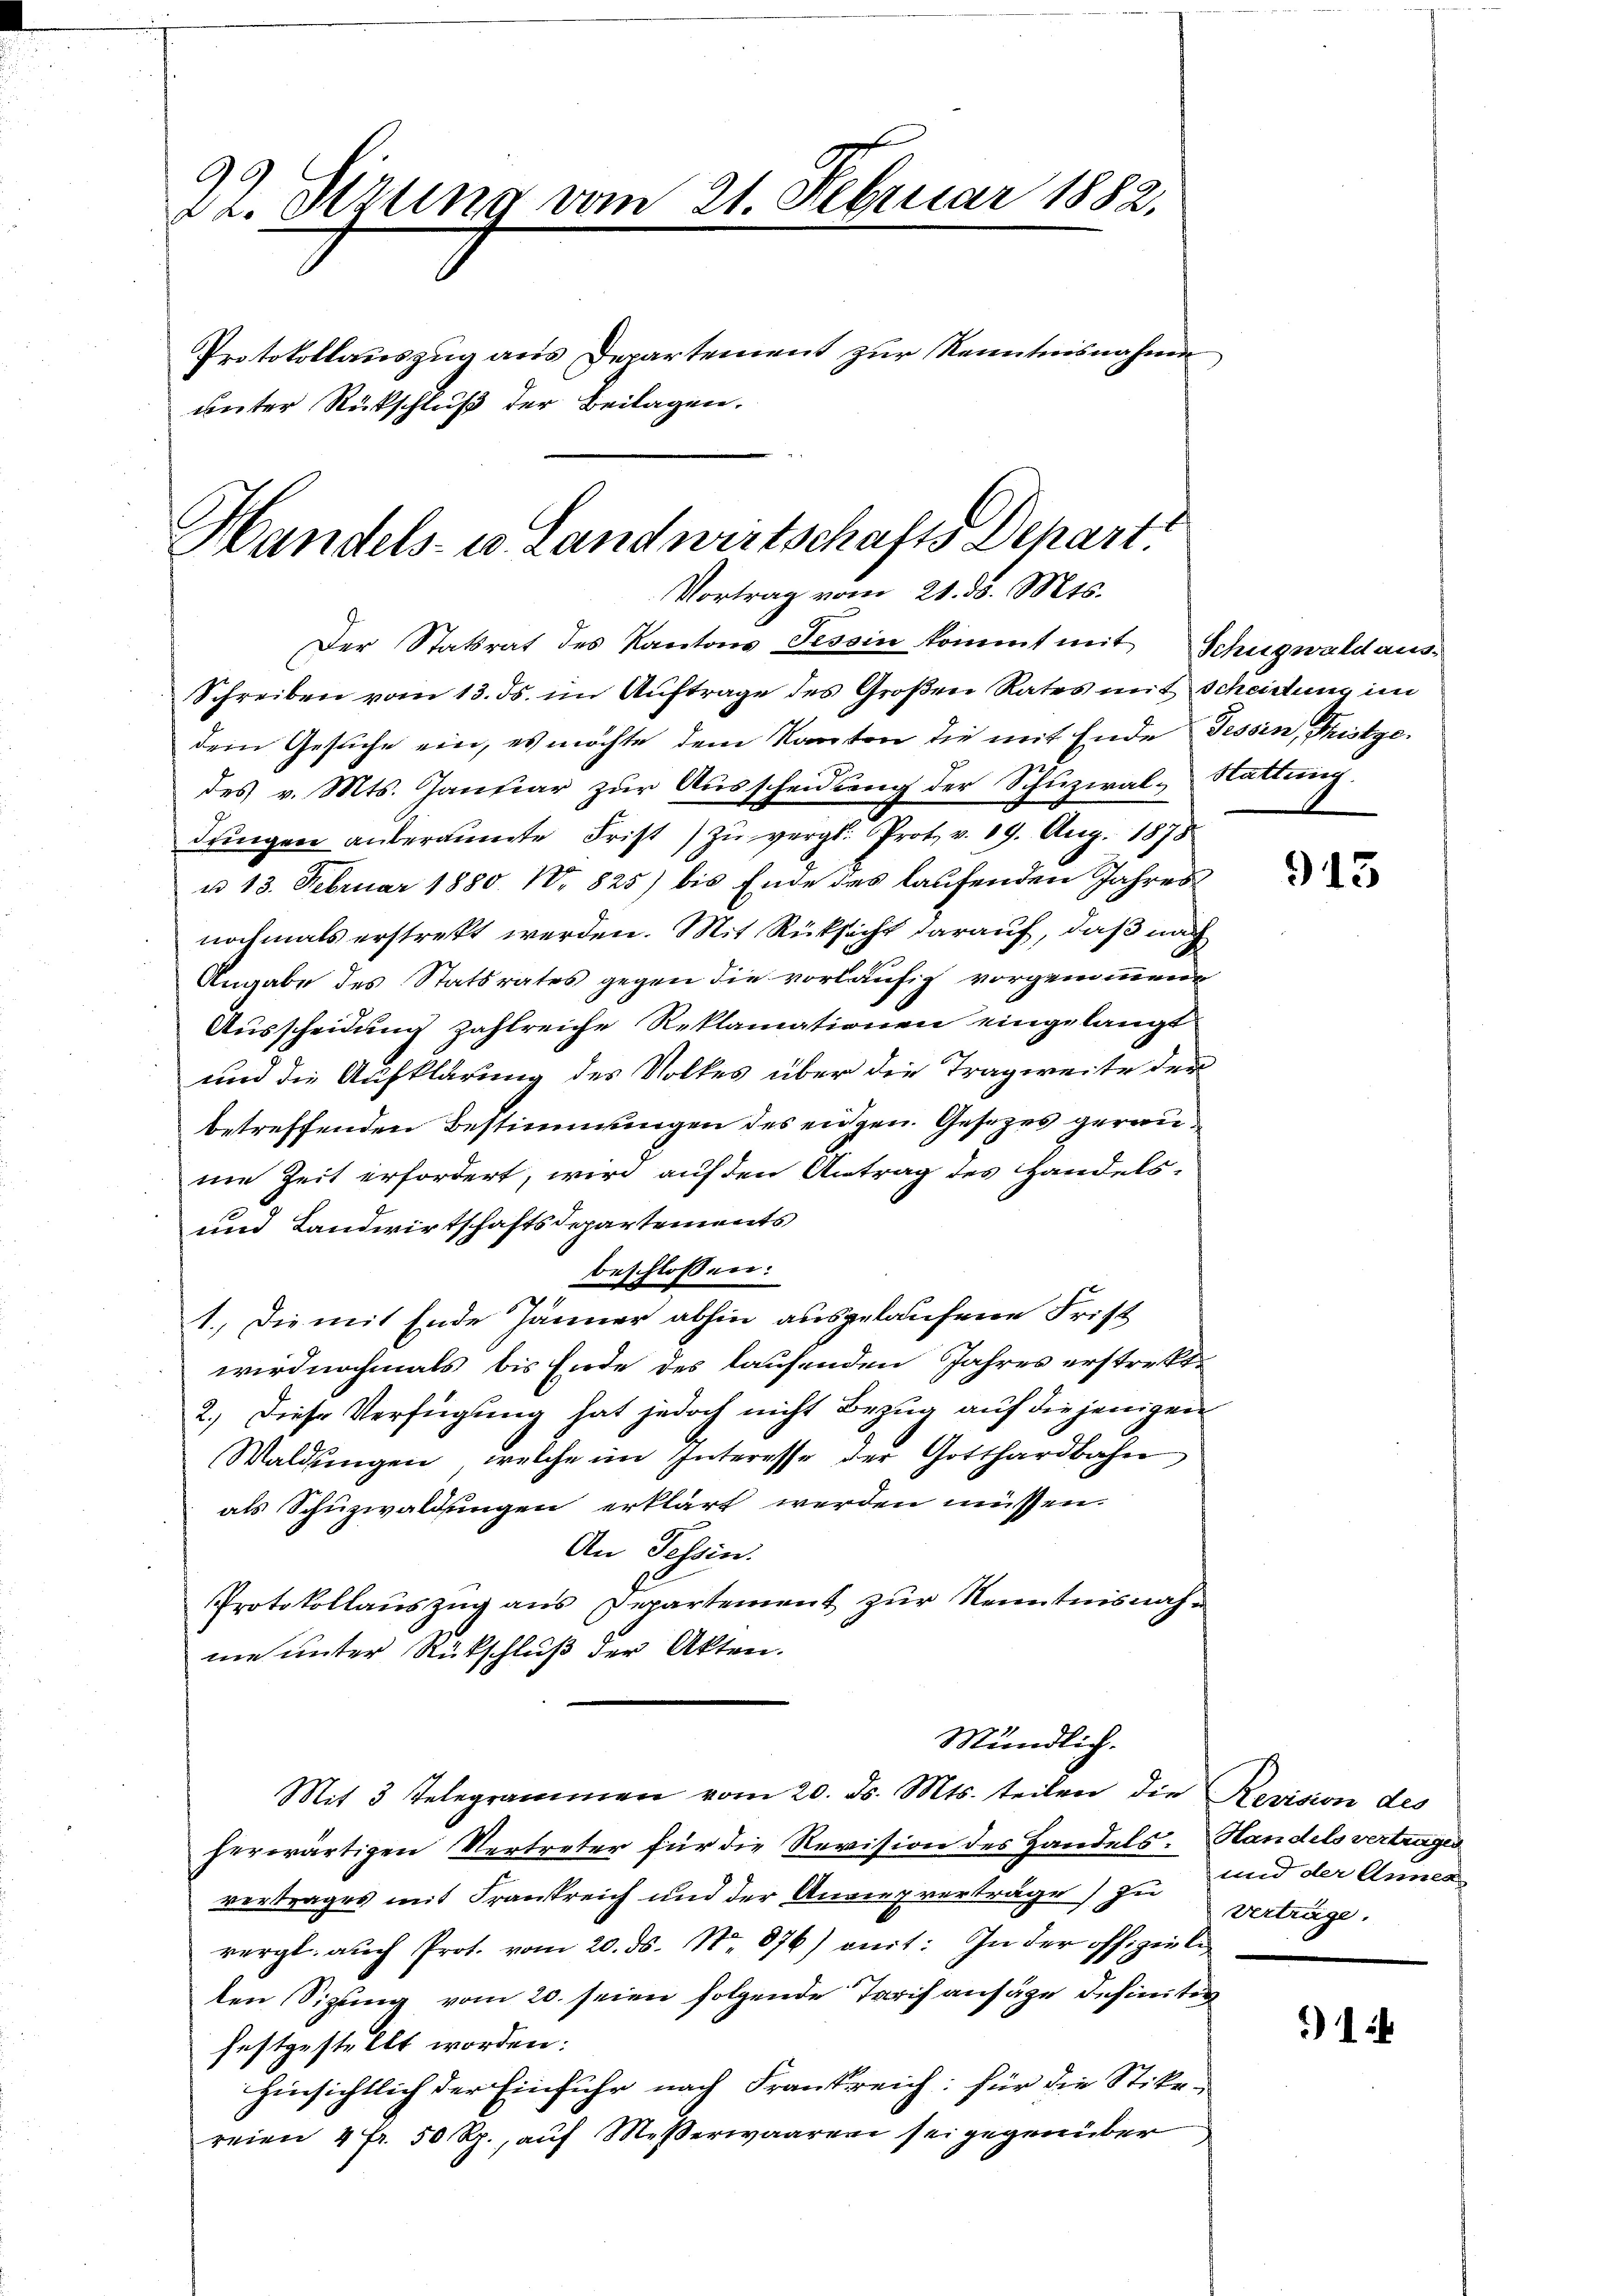
2. Stzung vom 21. Februar 1882.
Protokollauszug aus Departement zur Kenntnisnahme
unter Rückschluß der Beilagen.

Handels- u Landwirtschafts-Depart.
Vortrag vom 21. d. Mts.
Der Statsrat des Kantons Tessin kommt mit Schugwaldaus-
Schreiben vom 13. ds. im Auftrage des Großen Rates mit Scheidung im

dem Gesuche ein, es möchte dem Kanton die mit Ende Tessin, Fristgedes v. Mts. Januar zur Ausscheidung der Schuzial- Stattung.
dŭngen anberaumte Frist zŭ vergl. Prot. v. 19. Aug. 1878
u 13. Februar 1880. N. 825) bis Ende des laufenden Jahres
nochmals erstrekt werden. Mit Rüksicht darauf, daß nach
Angabe des Statsrates gegen die vorläufig vorgenommen
Ausscheidung zahlreiche Reklamationen eingelangt
und die Aufklärung des Volkes über die Tragweite der
betreffenden Bestimmungen des eidgen. Gesetzes geraune Zeit erfordert, wird auf den Antrag des Handels-
und Landwirtschaftsdepartements
beschlossen:
1. Die mit Ende Jänner abhin ausgelaufene Frist
wird nochmals bis Ende des laufenden Jahres erstreckt.
2.) Diese Verfügung hat jedoch nicht Bezug auf diejenigen
Waldungen, welche im Interesse der Gotthardbahn
als Schuzwaldungen erklärt werden müssen.
An Tessin.
Protokollauszug aus Departement zur Kenntnisnahm
me unter Rückschluß der Akten.
Mündlich.
Mit 3 Telegrammen vom 20. ds. Mts. teilen die Revision des
herwärtigen Vertreter für die Revision des Handels: Handels vertragen
vertrages mit Frankreich und der Anrieg verträge zu verträge.
vergl. auch Prot. vom 20. ds. No. 876) mit: In der offiziele
ten Sizling vom 20. seien folgende Tarif ansäge definitiv
festgestellt worden:
hinsichtlich der Einfuhr nach Frankreich: für die Stier-
reien 4 Fr. 50 Rp., aŭf Meerwaaren sei gegenüber

913

und der Annea

)1